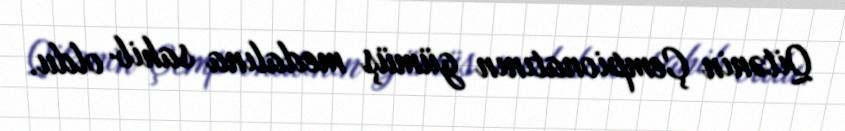
Qitənin Çempionatının gümüş medalına sahib oldu.